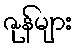
ဇုန်များ